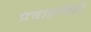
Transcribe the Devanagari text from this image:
प्रवाहांपैकी